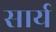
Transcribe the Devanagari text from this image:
सार्य